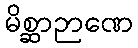
မိစ္ဆာဉာဏေ